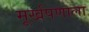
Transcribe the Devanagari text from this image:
मूर्खपणाला